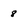
Character: 8